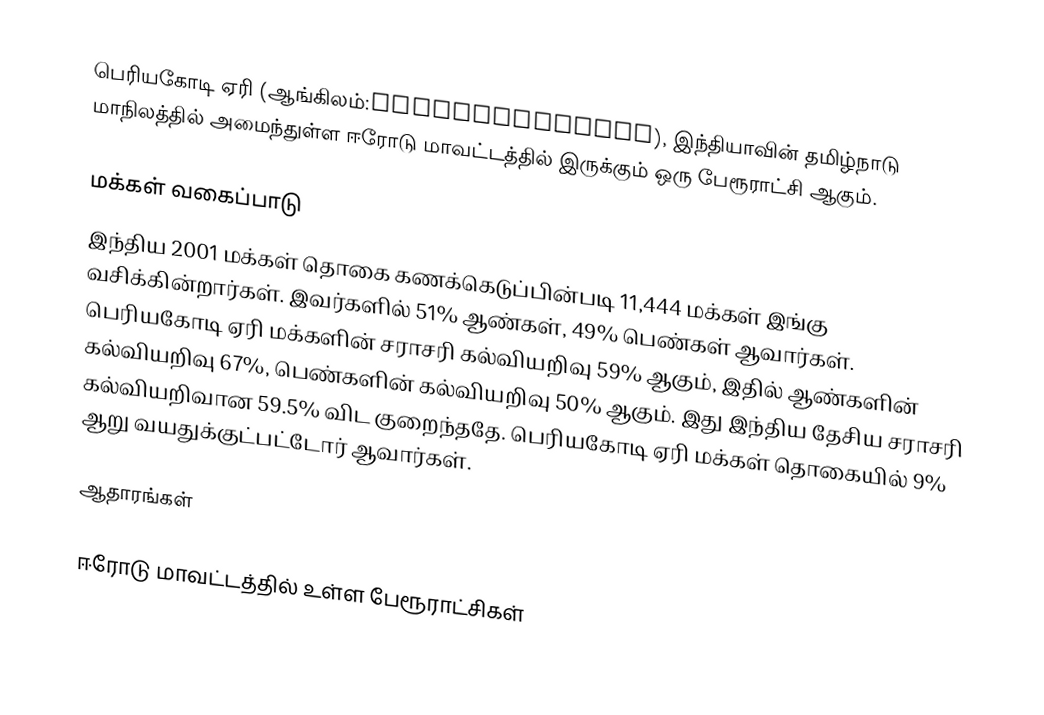
பெரியகோடி ஏரி (ஆங்கிலம்:Periyakodiveri), இந்தியாவின் தமிழ்நாடு மாநிலத்தில் அமைந்துள்ள ஈரோடு மாவட்டத்தில் இருக்கும் ஒரு பேரூராட்சி ஆகும்.

மக்கள் வகைப்பாடு
இந்திய 2001 மக்கள் தொகை கணக்கெடுப்பின்படி 11,444 மக்கள் இங்கு வசிக்கின்றார்கள். இவர்களில் 51% ஆண்கள், 49% பெண்கள் ஆவார்கள். பெரியகோடி ஏரி மக்களின் சராசரி கல்வியறிவு 59% ஆகும்,  இதில் ஆண்களின் கல்வியறிவு 67%,  பெண்களின் கல்வியறிவு 50% ஆகும். இது இந்திய தேசிய சராசரி கல்வியறிவான 59.5% விட குறைந்ததே. பெரியகோடி ஏரி மக்கள் தொகையில் 9%  ஆறு வயதுக்குட்பட்டோர் ஆவார்கள்.

ஆதாரங்கள்

ஈரோடு மாவட்டத்தில் உள்ள பேரூராட்சிகள்